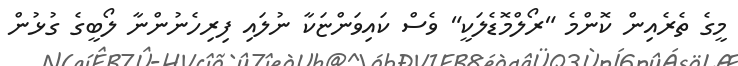
މީގެ ތެރެއިން ކޮންމެ "ރޯލްމޮޑެލަކީ" ވެސް ކައިވަންޏަކާ ނުލައި ފިރިހެނުންނާ ލޯބީގެ ގުޅުން